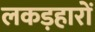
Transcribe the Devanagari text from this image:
लकड़हारों